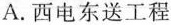
A.西电东送工程